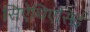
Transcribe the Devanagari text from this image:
सिऐथिएसिई